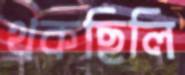
থকছিলি